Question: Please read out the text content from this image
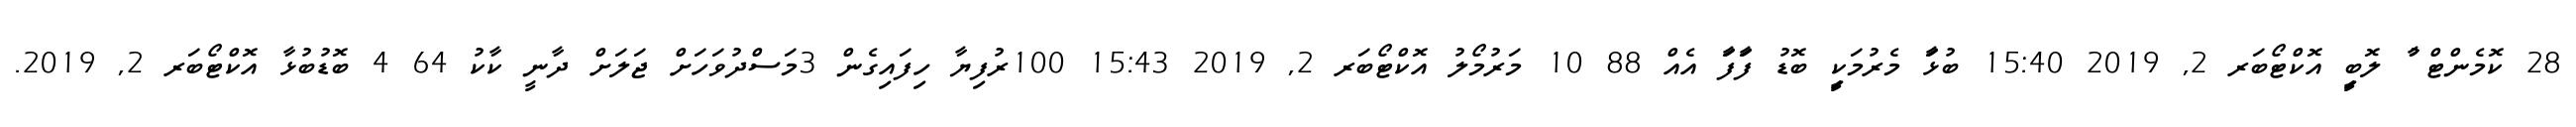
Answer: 28 ކޮމެންޓް ާު ލޮބިީ އޮކްޓޯބަރ 2, 2019 15:40 ބުޅަާ މެރުމަކިީ ބޮޑު ފަާފަާ އެއް 88 10 މަރުމޯލު އޮކްޓޯބަރ 2, 2019 15:43 100ރުފިޔާ ހިފައިގެން 3މަސްދުވަހަށް ޖަލަށް ދާނީ ކާކު 64 4 ބޮޑުބުޅާ އޮކްޓޯބަރ 2, 2019.